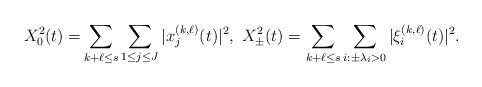
LaTeX: \begin{align*}X^2_0(t)=&\sum_{k+\ell\leq s}\sum_{1\leq j\leq J}|x^{(k,\ell)}_j(t)|^2,\ X^2_\pm(t)=\sum_{k+\ell\leq s}\sum_{i: \pm\lambda_i>0 }|\xi^{(k,\ell)}_i(t)|^2. \end{align*}